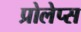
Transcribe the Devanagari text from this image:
प्रोलेप्स